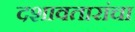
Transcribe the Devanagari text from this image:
दशावतारांचा